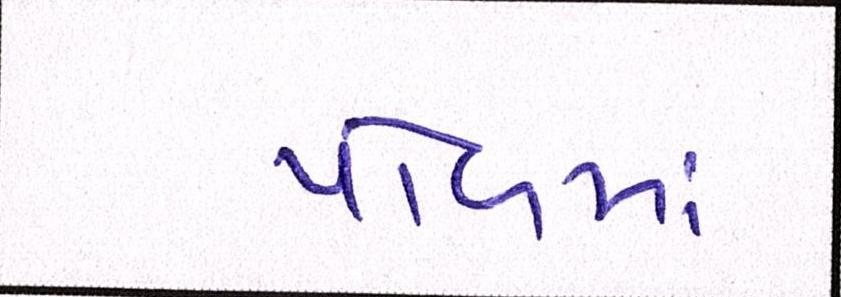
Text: પોળમાં